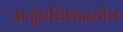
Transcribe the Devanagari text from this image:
अर्जुनविशादयोग